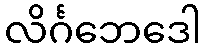
လိင်္ဂဘေဒေါ